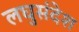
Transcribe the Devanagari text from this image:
लघुसंदेश